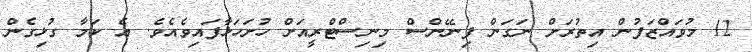
12 މުވައްޒަފުން އިތުރަށް ނަގަން ފިނޭންސް މިނިސްޓްރީއަށް ހުށަހަޅާފައިވެއެވެ. އެ ކަމާ ގުޅިގެން